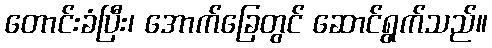
တောင်းခံပြီး၊ အောက်ခြေတွင် ဆောင်ရွက်သည်။